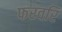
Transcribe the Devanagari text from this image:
फरवरि